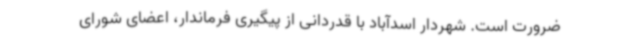
ضرورت است. شهردار اسدآباد با قدردانی از پیگیری فرماندار، اعضای شورای